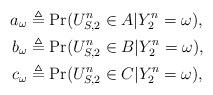
LaTeX: \begin{align*}a_\omega&\triangleq\Pr(U_{S,2}^n\in A|Y_2^n=\omega),\\b_\omega&\triangleq\Pr(U_{S,2}^n\in B|Y_2^n=\omega), \\c_\omega&\triangleq\Pr(U_{S,2}^n\in C|Y_2^n=\omega),\end{align*}